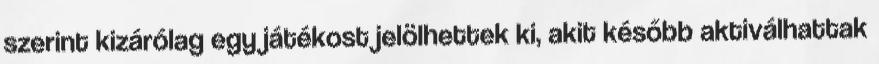
szerint kizárólag egy játékost jelölhettek ki, akit később aktiválhattak